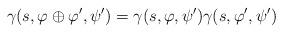
LaTeX: \begin{align*}\displaystyle \gamma(s,\varphi\oplus \varphi',\psi')=\gamma(s,\varphi,\psi')\gamma(s,\varphi',\psi')\end{align*}